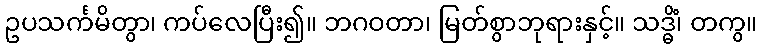
ဥပသင်္ကမိတွာ၊ ကပ်လေပြီး၍။ ဘဂဝတာ၊ မြတ်စွာဘုရားနှင့်။ သဒ္ဓိံ၊ တကွ။